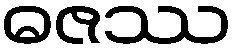
ဓဇဿ